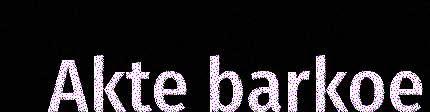
Akte barkoe